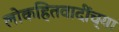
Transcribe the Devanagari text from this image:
लोकहितवादींच्या